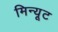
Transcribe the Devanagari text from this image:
मिन्यूट